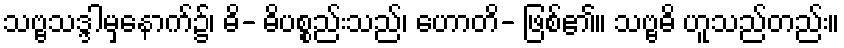
သဗ္ဗသဒ္ဒါမှနောက်၌၊ ဓိ- ဓိပစ္စည်းသည်၊ ဟောတိ- ဖြစ်၏။ သဗ္ဗဓိ ဟူသည်တည်း။